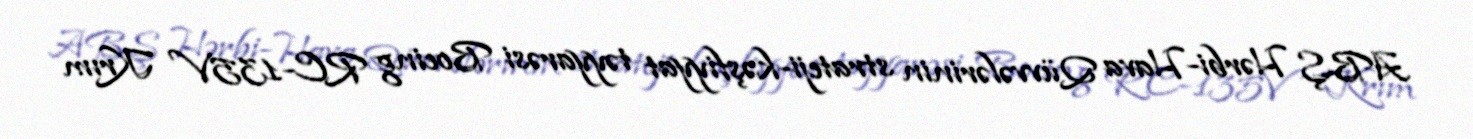
ABŞ Hərbi-Hava Qüvvələrinin strateji-kəşfiyyat təyyarəsi Boeing RC-135V Krım